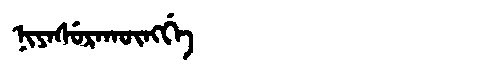
Manchu: ᠨᡳᠶᠠᠰᡠᡵᠠᡴᡡᠩᡤᡝ
Romanization: NIYASURAKŪNGGE